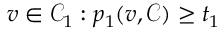
v \in \mathcal { C } _ { 1 } : p _ { 1 } ( v , \mathcal { C } ) \geq t _ { 1 }